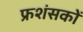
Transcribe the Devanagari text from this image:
फ्रशंसकों